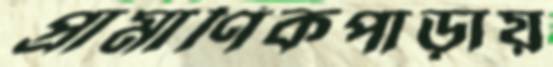
প্রামাণিকপাড়ায়